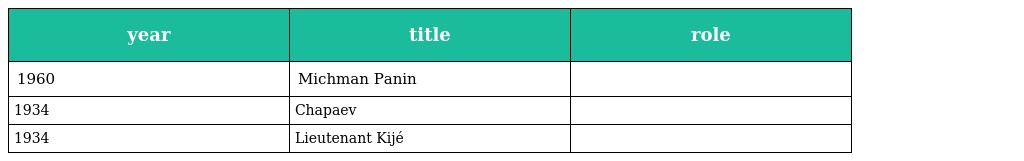
| year | title | role |
 | --- | --- | --- |
 | 1960 | Michman Panin |  |
 | 1934 | Chapaev |  |
 | 1934 | Lieutenant Kijé |  |